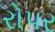
રોપર